Scottish Certificate of Education, 1963
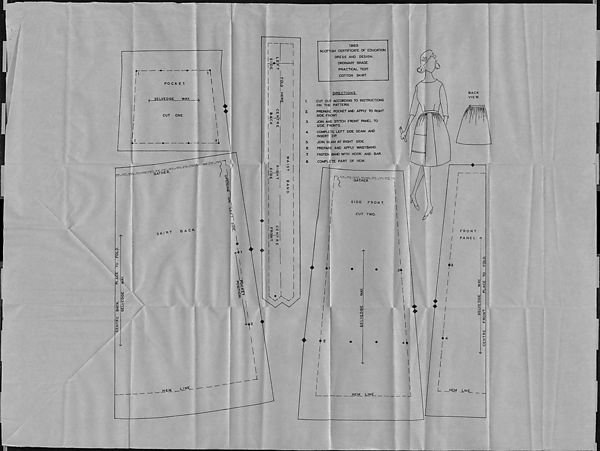
CENTRE
SACK.
PLACE
TO
FOLD.
SELVEDGE
~WAT
1963-
SCOTTISH CERTIFICATE OF EDUCATION.
DRESS AND DESIGN.
ORDINARY GRADE.
PRACTICAL TEST.
COTTON SKIRT.
DIRECTIONS.
CUT OUT ACCORDING TO INSTRUCTIONS
ON THE PATTERN.
PREPARE POCKET AND APPLY TO RIGHT
SIDE FRONT.
JOIN AND STITCH FRONT PANEL TO
SIDE FRONTS.
COMPLETE LEFT SIDE SEAM AND
INSERT ZIP
JOIN SEAM AT RIGHT SIDE.
PREPARE AND APPLY WAISTBAND-
FASTEN BAND WITH HOOK AND BAR.
BACK
VIEW.
COMPLETE PART OF HEM.
GATHER."
SIDE
FRONT.
CUT TWO.
hi
o
a
hi
>
_j
Lti
HEM
LINE.
SELVEDGE
WAY
CENTRE
FRONT.
PLACE TO
FOLD.